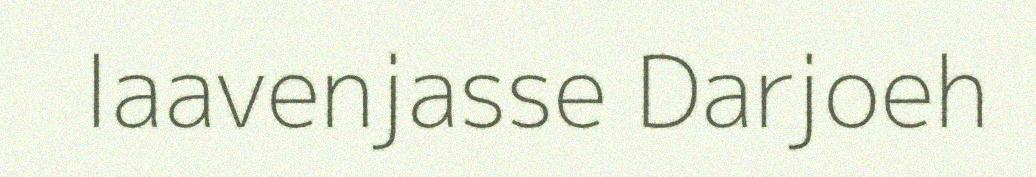
laavenjasse Darjoeh